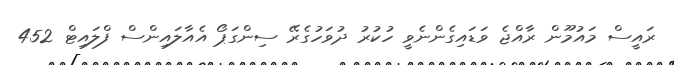
ރައީސް މައުމޫން ރާއްޖެ ވަޑައިގެންނެވީ ހުކުރު ދުވަހުގެރޭ ސިންގަޕޯ އެއާލައިންސް ފްލައިޓް 452